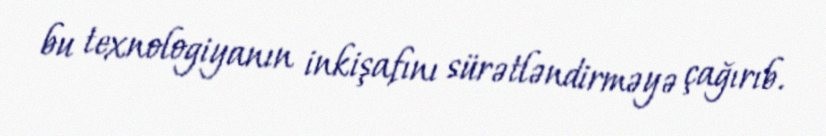
bu texnologiyanın inkişafını sürətləndirməyə çağırıb.